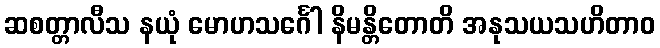
ဆစတ္တာလီသ နယုံ မောဟသင်္ဂေါ နိမန္တိတောတိ အနုသယသဟိတာဝ